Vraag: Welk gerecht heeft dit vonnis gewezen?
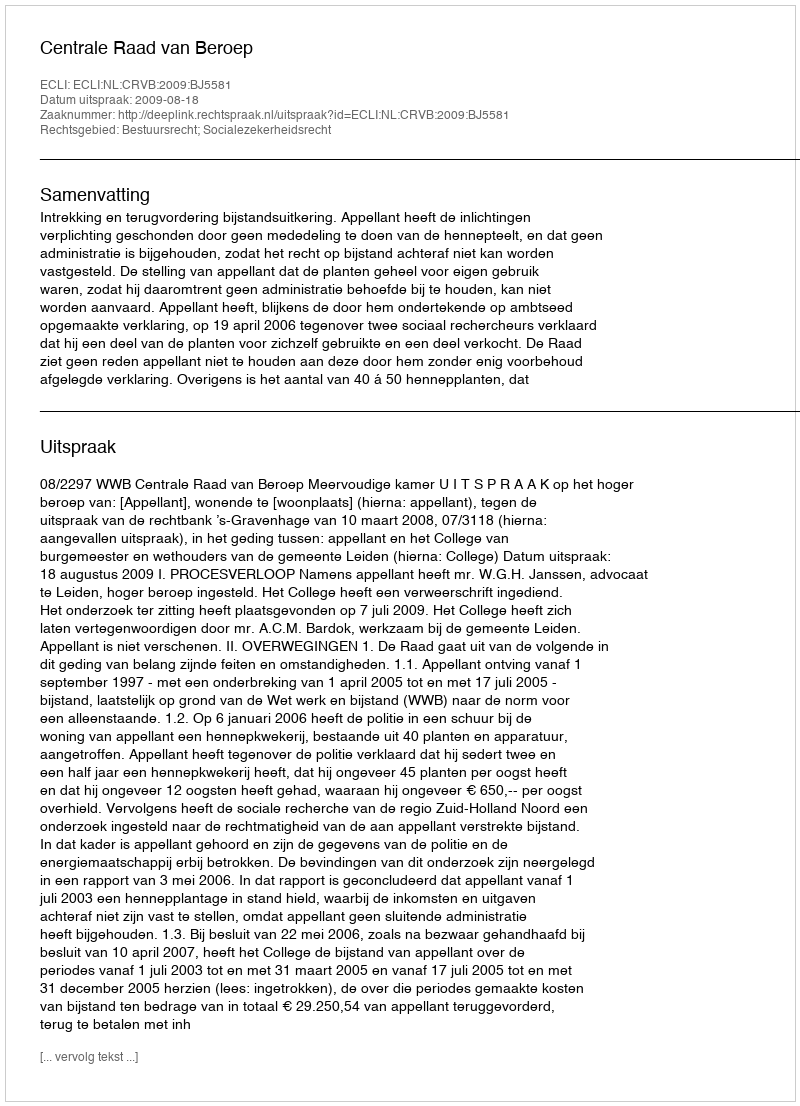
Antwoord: Centrale Raad van Beroep